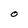
Character: 0